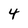
Character: 4